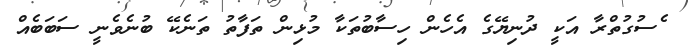
ެސުގުތްރާ އަކީ ދުނިޔޭގެ އެހެން ހިސާބުތަކާ މުޅިން ތަފާތު ތަނެކޭ ބުނެވެނީ ސަބަބެއް